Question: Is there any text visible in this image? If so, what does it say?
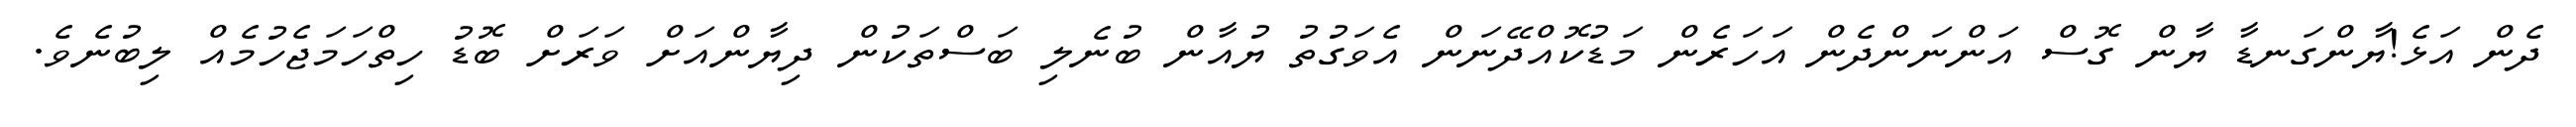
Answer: ދެން އަޅެ!ޔާންގަނޑާ ޔާން ގޮސް އަންނަންދެން އަހަރެން މަޑުކޮއްދޭނަން އެވަގުތު ޔުއާން ބުނެލި ބަސްތަކުން ދިޔާންއަށް ވަރަށް ބޮޑު ހިތްހަމަޖެހުމެއް ލިބުނެވެ.